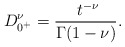
\begin{align*}D^\nu_{0^+} = \frac{ \ t^{-\nu}}{\Gamma(1-\nu)}.\end{align*}